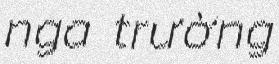
nga trường